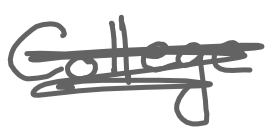
Text: College
Cross-out: scratch
Writing tool: digital_gray